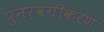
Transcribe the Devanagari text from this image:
पुनर्वगीकरण